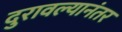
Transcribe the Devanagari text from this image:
दुरावल्यानंतर